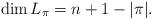
LaTeX: \begin{align*}\dim L_{\pi}=n+1-|\pi|.\end{align*}